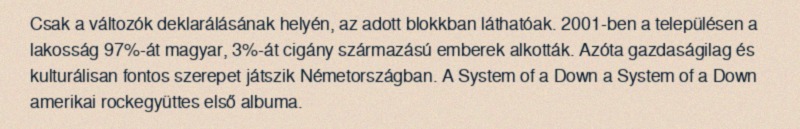
Csak a változók deklarálásának helyén, az adott blokkban láthatóak. 2001-ben a településen a lakosság 97%-át magyar, 3%-át cigány származású emberek alkották. Azóta gazdaságilag és kulturálisan fontos szerepet játszik Németországban. A System of a Down a System of a Down amerikai rockegyüttes első albuma.